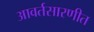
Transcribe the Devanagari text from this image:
आवर्तसारणीत